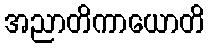
အညာတိကာယောတိ